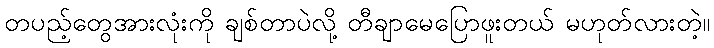
တပည့်တွေအားလုံးကို ချစ်တာပဲလို့ တီချာမေပြောဖူးတယ် မဟုတ်လားတဲ့။